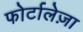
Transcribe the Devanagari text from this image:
फोर्टालेज़ा